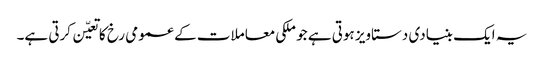
یہ ایک بنیادی دستاویز ہوتی ہے جو ملکی معاملات کے عمومی رخ کا تعیّن کرتی ہے۔